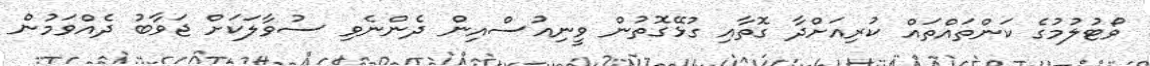
ވޯޓުލުމުގެ ކަންތައްތައް ކުރިއަށްދާ ގޮތާއި ގުޅޭގޮތުން ވީނިއުސްއިން ދެންނެވި ސުވާލަކަށް ޖަވާބު ދެއްވަމުން